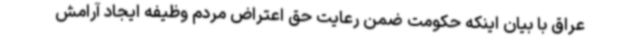
عراق با بیان اینکه حکومت ضمن رعایت حق اعتراض مردم وظیفه ایجاد آرامش